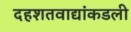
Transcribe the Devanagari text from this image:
दहशतवाद्यांकडली